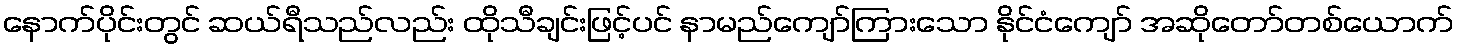
နောက်ပိုင်းတွင် ဆယ်ရီသည်လည်း ထိုသီချင်းဖြင့်ပင် နာမည်ကျော်ကြားသော နိုင်ငံကျော် အဆိုတော်တစ်ယောက်